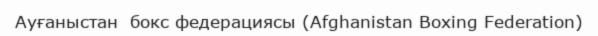
Ауғаныстан  бокс федерациясы (Afghanistan Boxing Federation)